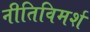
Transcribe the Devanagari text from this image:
नीतिविमर्श